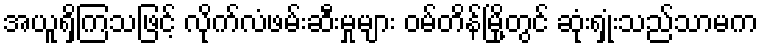
အယူရှိကြသဖြင့် လိုက်လံဖမ်းဆီးမှုများ ဝမ်တိန်မြို့တွင် ဆုံးရှုံးသည်သာမက